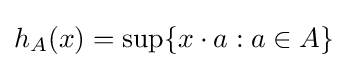
h_{A}(x)=\sup\{x\cdot a:a\in A\}